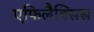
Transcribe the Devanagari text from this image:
एफिलैक्सिस